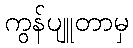
ကွန်ပျူတာမှ